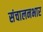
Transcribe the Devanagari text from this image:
संचालनभार